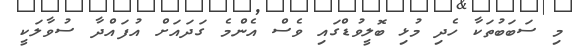
މި ސަބަބުތަކާ ހެދި މުޅި ބޮލީވުޑްގައި ވެސް އެންމެ ގަދައަށް އުފައްދާ ސުވާލަކީ